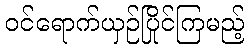
ဝင်ရောက်ယှဉ်ပြိုင်ကြမည့်